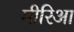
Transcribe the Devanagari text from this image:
मीरिआ